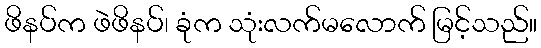
ဖိနပ်က ဖဲဖိနပ်၊ ခုံက သုံးလက်မလောက် မြင့်သည်။